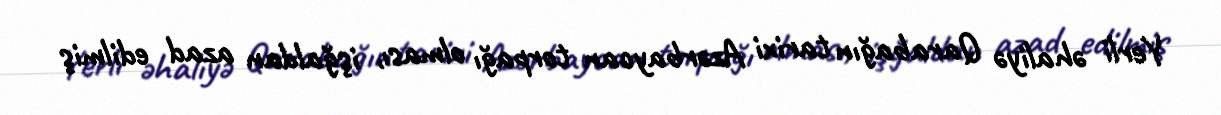
Yerli əhaliyə Qarabağın tarixi Azərbaycan torpağı olması, işğaldan azad edilmiş